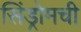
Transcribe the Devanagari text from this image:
सिंड्रोमची